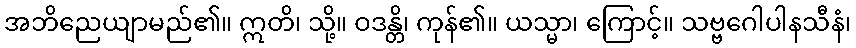
အဘိညေယျာမည်၏။ ဣတိ၊ သို့။ ဝဒန္တိ၊ ကုန်၏။ ယသ္မာ၊ ကြောင့်။ သဗ္ဗဂေါပါနသီနံ၊